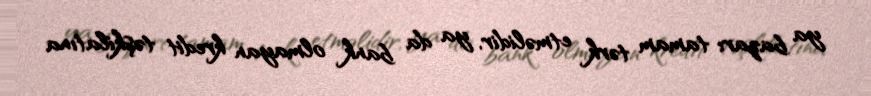
ya bazarı tamam tərk etməlidir, ya da bank olmayan kredit təşkilatına